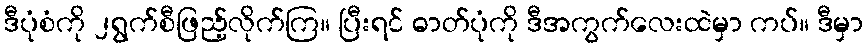
ဒီပုံစံကို ၂ရွက်စီဖြည့်လိုက်ကြ။ ပြီးရင် ဓာတ်ပုံကို ဒီအကွက်လေးထဲမှာ ကပ်။ ဒီမှာ